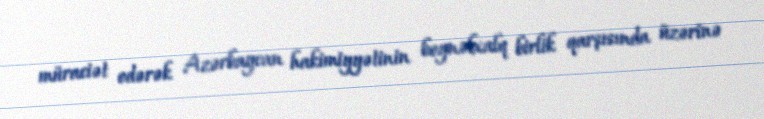
müraciət edərək Azərbaycan hakimiyyətinin beynəlxalq birlik qarşısında üzərinə